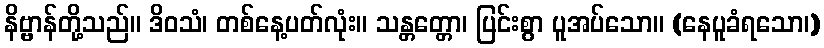
နိဗ္ဗာန်တို့သည်။ ဒိဝသံ၊ တစ်နေ့ပတ်လုံး။ သန္တတ္တော၊ ပြင်းစွာ ပူအပ်သော။ (နေပူခံရသော၊)